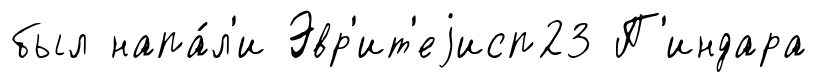
был напа́л'и Эвр'ит'еjисп23 П'индара